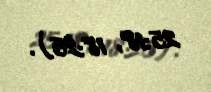
25:18, 18:25).